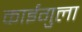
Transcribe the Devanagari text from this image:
काईगुला